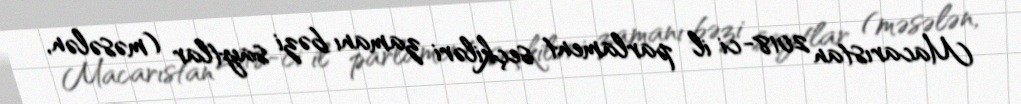
Macarıstan 2018-ci il parlament seçkiləri zamanı bəzi saytlar (məsələn,